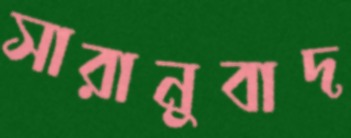
সারানুবাদ